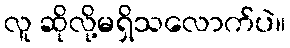
လူ ဆိုလို့မရှိသလောက်ပဲ။